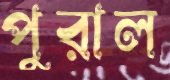
পুরাল